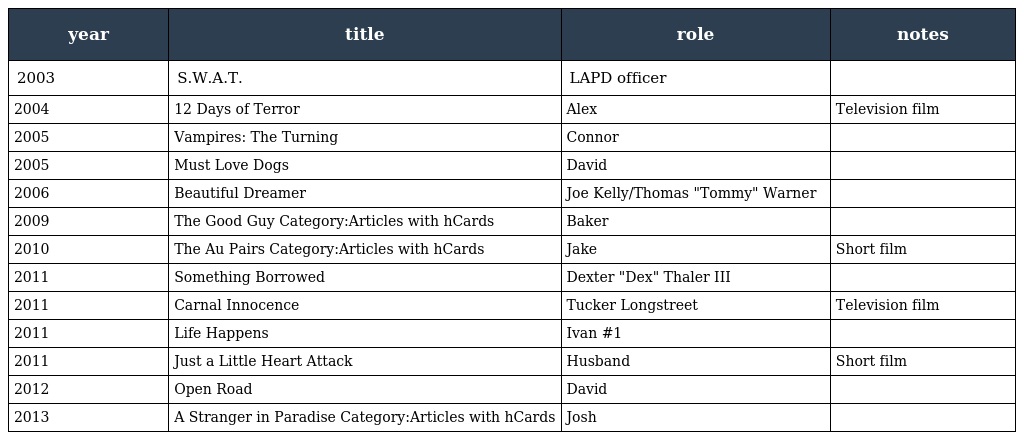
| year | title | role | notes |
 | --- | --- | --- | --- |
 | 2003 | S.W.A.T. | LAPD officer |  |
 | 2004 | 12 Days of Terror | Alex | Television film |
 | 2005 | Vampires: The Turning | Connor |  |
 | 2005 | Must Love Dogs | David |  |
 | 2006 | Beautiful Dreamer | Joe Kelly/Thomas "Tommy" Warner |  |
 | 2009 | The Good Guy Category:Articles with hCards | Baker |  |
 | 2010 | The Au Pairs Category:Articles with hCards | Jake | Short film |
 | 2011 | Something Borrowed | Dexter "Dex" Thaler III |  |
 | 2011 | Carnal Innocence | Tucker Longstreet | Television film |
 | 2011 | Life Happens | Ivan #1 |  |
 | 2011 | Just a Little Heart Attack | Husband | Short film |
 | 2012 | Open Road | David |  |
 | 2013 | A Stranger in Paradise Category:Articles with hCards | Josh |  |